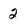
Character: 2